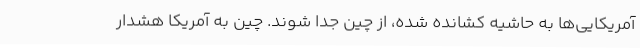
آمریکایی‌ها به حاشیه کشانده شده، از چین جدا شوند. چین به آمریکا هشدار